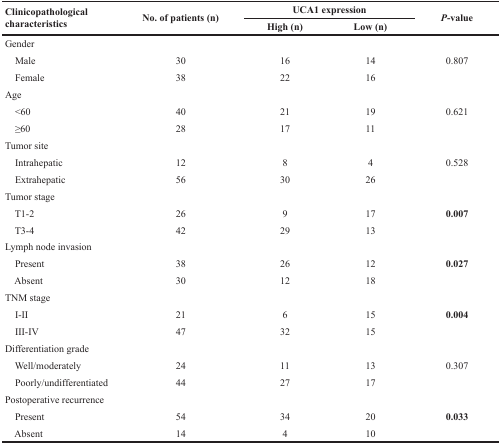
<table><thead><tr><td rowspan="2"><b>Clinicopathological characteristics</b></td><td rowspan="2"><b>No. of patients (n)</b></td><td colspan="2"><b>UCA1 expression</b></td><td rowspan="2"><b><i>P</i>-value</b></td></tr><tr><td><b>High (n)</b></td><td><b>Low (n)</b></td></tr></thead><tbody><tr><td>Gender</td><td></td><td></td><td></td><td></td></tr><tr><td> Male</td><td>30</td><td>16</td><td>14</td><td>0.807</td></tr><tr><td> Female</td><td>38</td><td>22</td><td>16</td><td></td></tr><tr><td>Age</td><td></td><td></td><td></td><td></td></tr><tr><td> &lt;60</td><td>40</td><td>21</td><td>19</td><td>0.621</td></tr><tr><td> ≥60</td><td>28</td><td>17</td><td>11</td><td></td></tr><tr><td>Tumor site</td><td></td><td></td><td></td><td></td></tr><tr><td> Intrahepatic</td><td>12</td><td>8</td><td>4</td><td>0.528</td></tr><tr><td> Extrahepatic</td><td>56</td><td>30</td><td>26</td><td></td></tr><tr><td>Tumor stage</td><td></td><td></td><td></td><td></td></tr><tr><td> T1-2</td><td>26</td><td>9</td><td>17</td><td><b>0.007</b></td></tr><tr><td> T3-4</td><td>42</td><td>29</td><td>13</td><td></td></tr><tr><td>Lymph node invasion</td><td></td><td></td><td></td><td></td></tr><tr><td> Present</td><td>38</td><td>26</td><td>12</td><td><b>0.027</b></td></tr><tr><td> Absent</td><td>30</td><td>12</td><td>18</td><td></td></tr><tr><td>TNM stage</td><td></td><td></td><td></td><td></td></tr><tr><td> I-II</td><td>21</td><td>6</td><td>15</td><td><b>0.004</b></td></tr><tr><td> III-IV</td><td>47</td><td>32</td><td>15</td><td></td></tr><tr><td>Differentiation grade</td><td></td><td></td><td></td><td></td></tr><tr><td> Well/moderately</td><td>24</td><td>11</td><td>13</td><td>0.307</td></tr><tr><td> Poorly/undifferentiated</td><td>44</td><td>27</td><td>17</td><td></td></tr><tr><td>Postoperative recurrence</td><td></td><td></td><td></td><td></td></tr><tr><td> Present</td><td>54</td><td>34</td><td>20</td><td><b>0.033</b></td></tr><tr><td> Absent</td><td>14</td><td>4</td><td>10</td><td></td></tr></tbody></table>